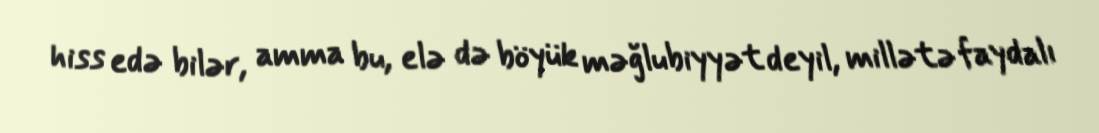
hiss edə bilər, amma bu, elə də böyük məğlubiyyət deyil, millətə faydalı